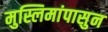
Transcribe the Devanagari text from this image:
मुस्लिमांपासुन